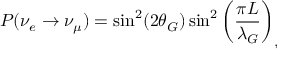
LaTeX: P ( \nu _ { e } \rightarrow \nu _ { \mu } ) = \sin ^ { 2 } ( 2 \theta _ { G } ) \sin ^ { 2 } \left( \frac { \pi L } { \lambda _ { G } } \right) _ { , }